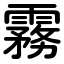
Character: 霧